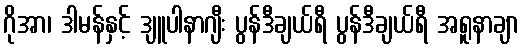
ဂိုအာ၊ ဒါမန်နှင့် ဒျူပါနာဂျီး ပွန်ဒီချယ်ရီ ပွန်ဒီချယ်ရီ အရူနာချာ